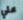
علي